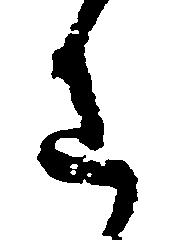
わ